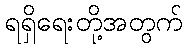
ရရှိရေးတို့အတွက်